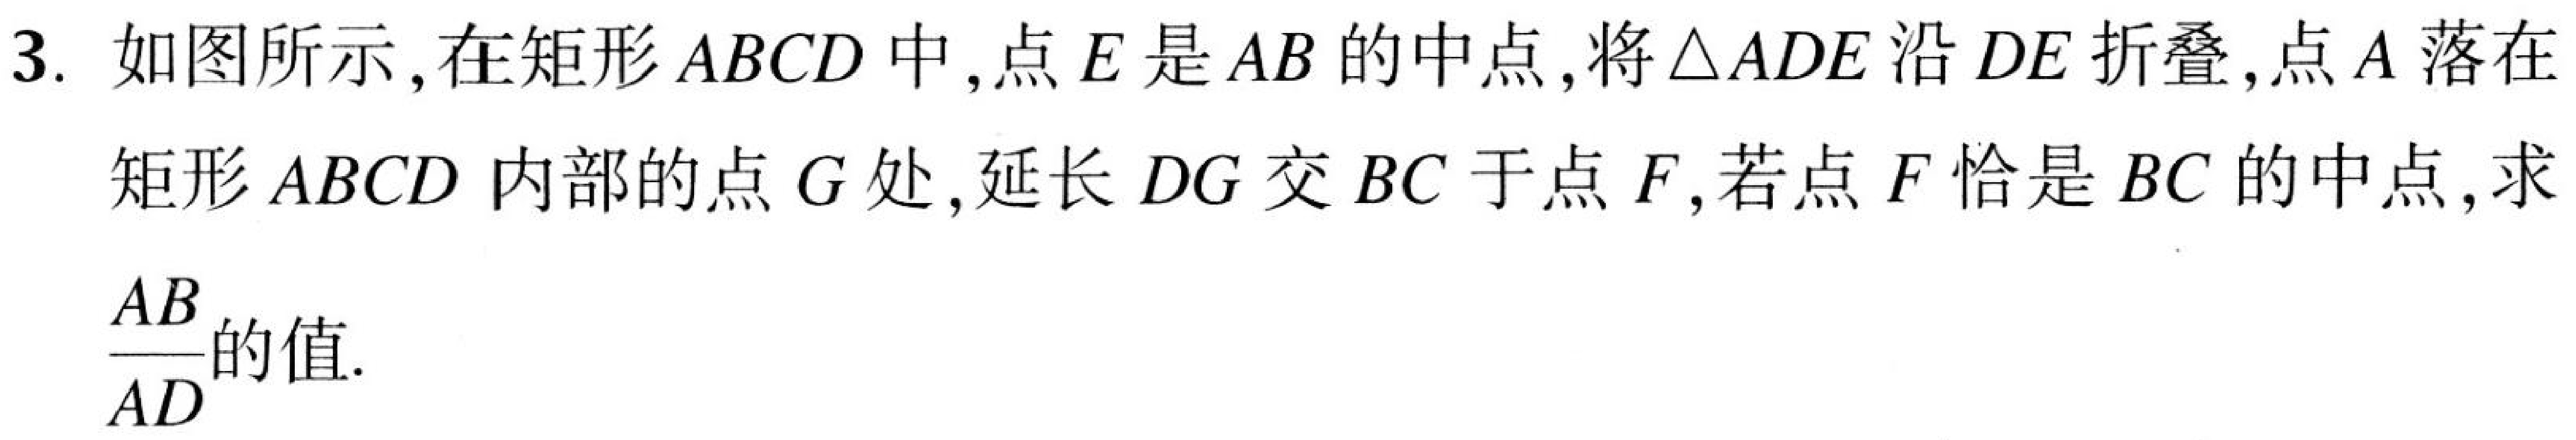
3. 如图所示,在矩形$ABCD$中,点$E$是$AB$的中点,将$\triangle ADE$沿$DE$折叠,点$A$落在矩形$ABCD$内部的点$G$处,延长$DG$交$BC$于点$F$,若点$F$恰是$BC$的中点,求$\dfrac{AB}{AD}$的值.